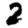
Digit: 2